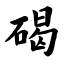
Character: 碣